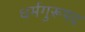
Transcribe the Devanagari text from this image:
धर्मगुरूपद